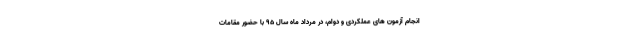
انجام آزمون های عملکردی و دوام، در مرداد ماه سال ۹۵ با حضور مقامات